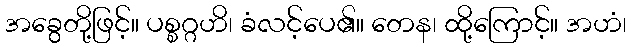
အခွေတို့ဖြင့်။ ပစ္စဂ္ဂဟိ၊ ခံလင့်ပေ၏။ တေန၊ ထို့ကြောင့်။ အဟံ၊